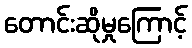
တောင်းဆိုမှုကြောင့်